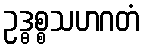
ဥဒ္ဓစ္စသဟဂတံ